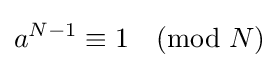
a^{N-1}\equiv 1{\pmod {N}}